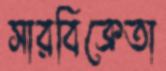
সারবিক্রেতা